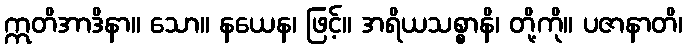
ဣတိအာဒိနာ။ သော။ နယေန၊ ဖြင့်။ အရိယသစ္စာနိ၊ တို့ကို။ ပဇာနာတိ၊